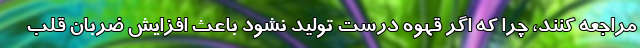
مراجعه کنند، چرا که اگر قهوه درست تولید نشود باعث افزایش ضربان قلب